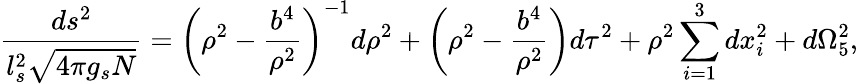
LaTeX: {\frac{ds^{2}}{l_{s}^{2}\sqrt{4\pi g_{s}N}}}=\left(\rho^{2}-{\frac{b^{4}}{\rho^{2}}}\right)^{-1}d\rho^{2}+\left(\rho^{2}-{\frac{b^{4}}{\rho^{2}}}\right)d\tau^{2}+\rho^{2}\sum_{i=1}^{3}dx_{i}^{2}+d\Omega_{5}^{2},